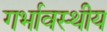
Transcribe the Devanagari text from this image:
गर्भावस्थीय